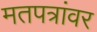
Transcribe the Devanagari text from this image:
मतपत्रांवर